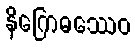
နိဂြောဓဿေဝ